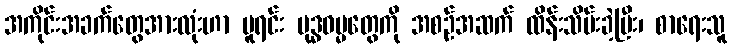
အကိုင်းအခက်တွေအားလုံးဟာ မူရင်း ဗုဒ္ဓဓမ္မတွေကို အစဉ်အဆက် ထိန်းသိမ်းခဲ့ပြီး၊ စာရေးသူ